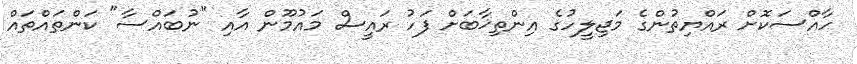
ހާއްސަކޮށް ރައްޔިތުންގެ މަޖިލީހުގެ އިންތިޚާބަށް ފަހު ރައީސް މައުމޫން އާއި "ނުބައްސާ" ކަންތައްތައް